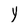
Character: Y